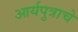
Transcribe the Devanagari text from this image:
आर्यपुत्राचे